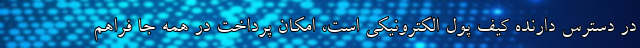
در دسترس دارنده کیف پول الکترونیکی است، امکان پرداخت در همه جا فراهم